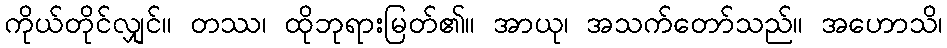
ကိုယ်တိုင်လျှင်။ တဿ၊ ထိုဘုရားမြတ်၏။ အာယု၊ အသက်တော်သည်။ အဟောသိ၊